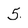
Character: 5